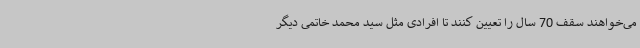
می‌خواهند سقف 70 سال را تعیین کنند تا افرادی مثل سید محمد خاتمی دیگر